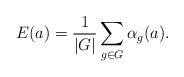
LaTeX: \begin{align*}E(a)=\frac{1}{|G|} \sum_{g\in G} \alpha_g(a).\end{align*}